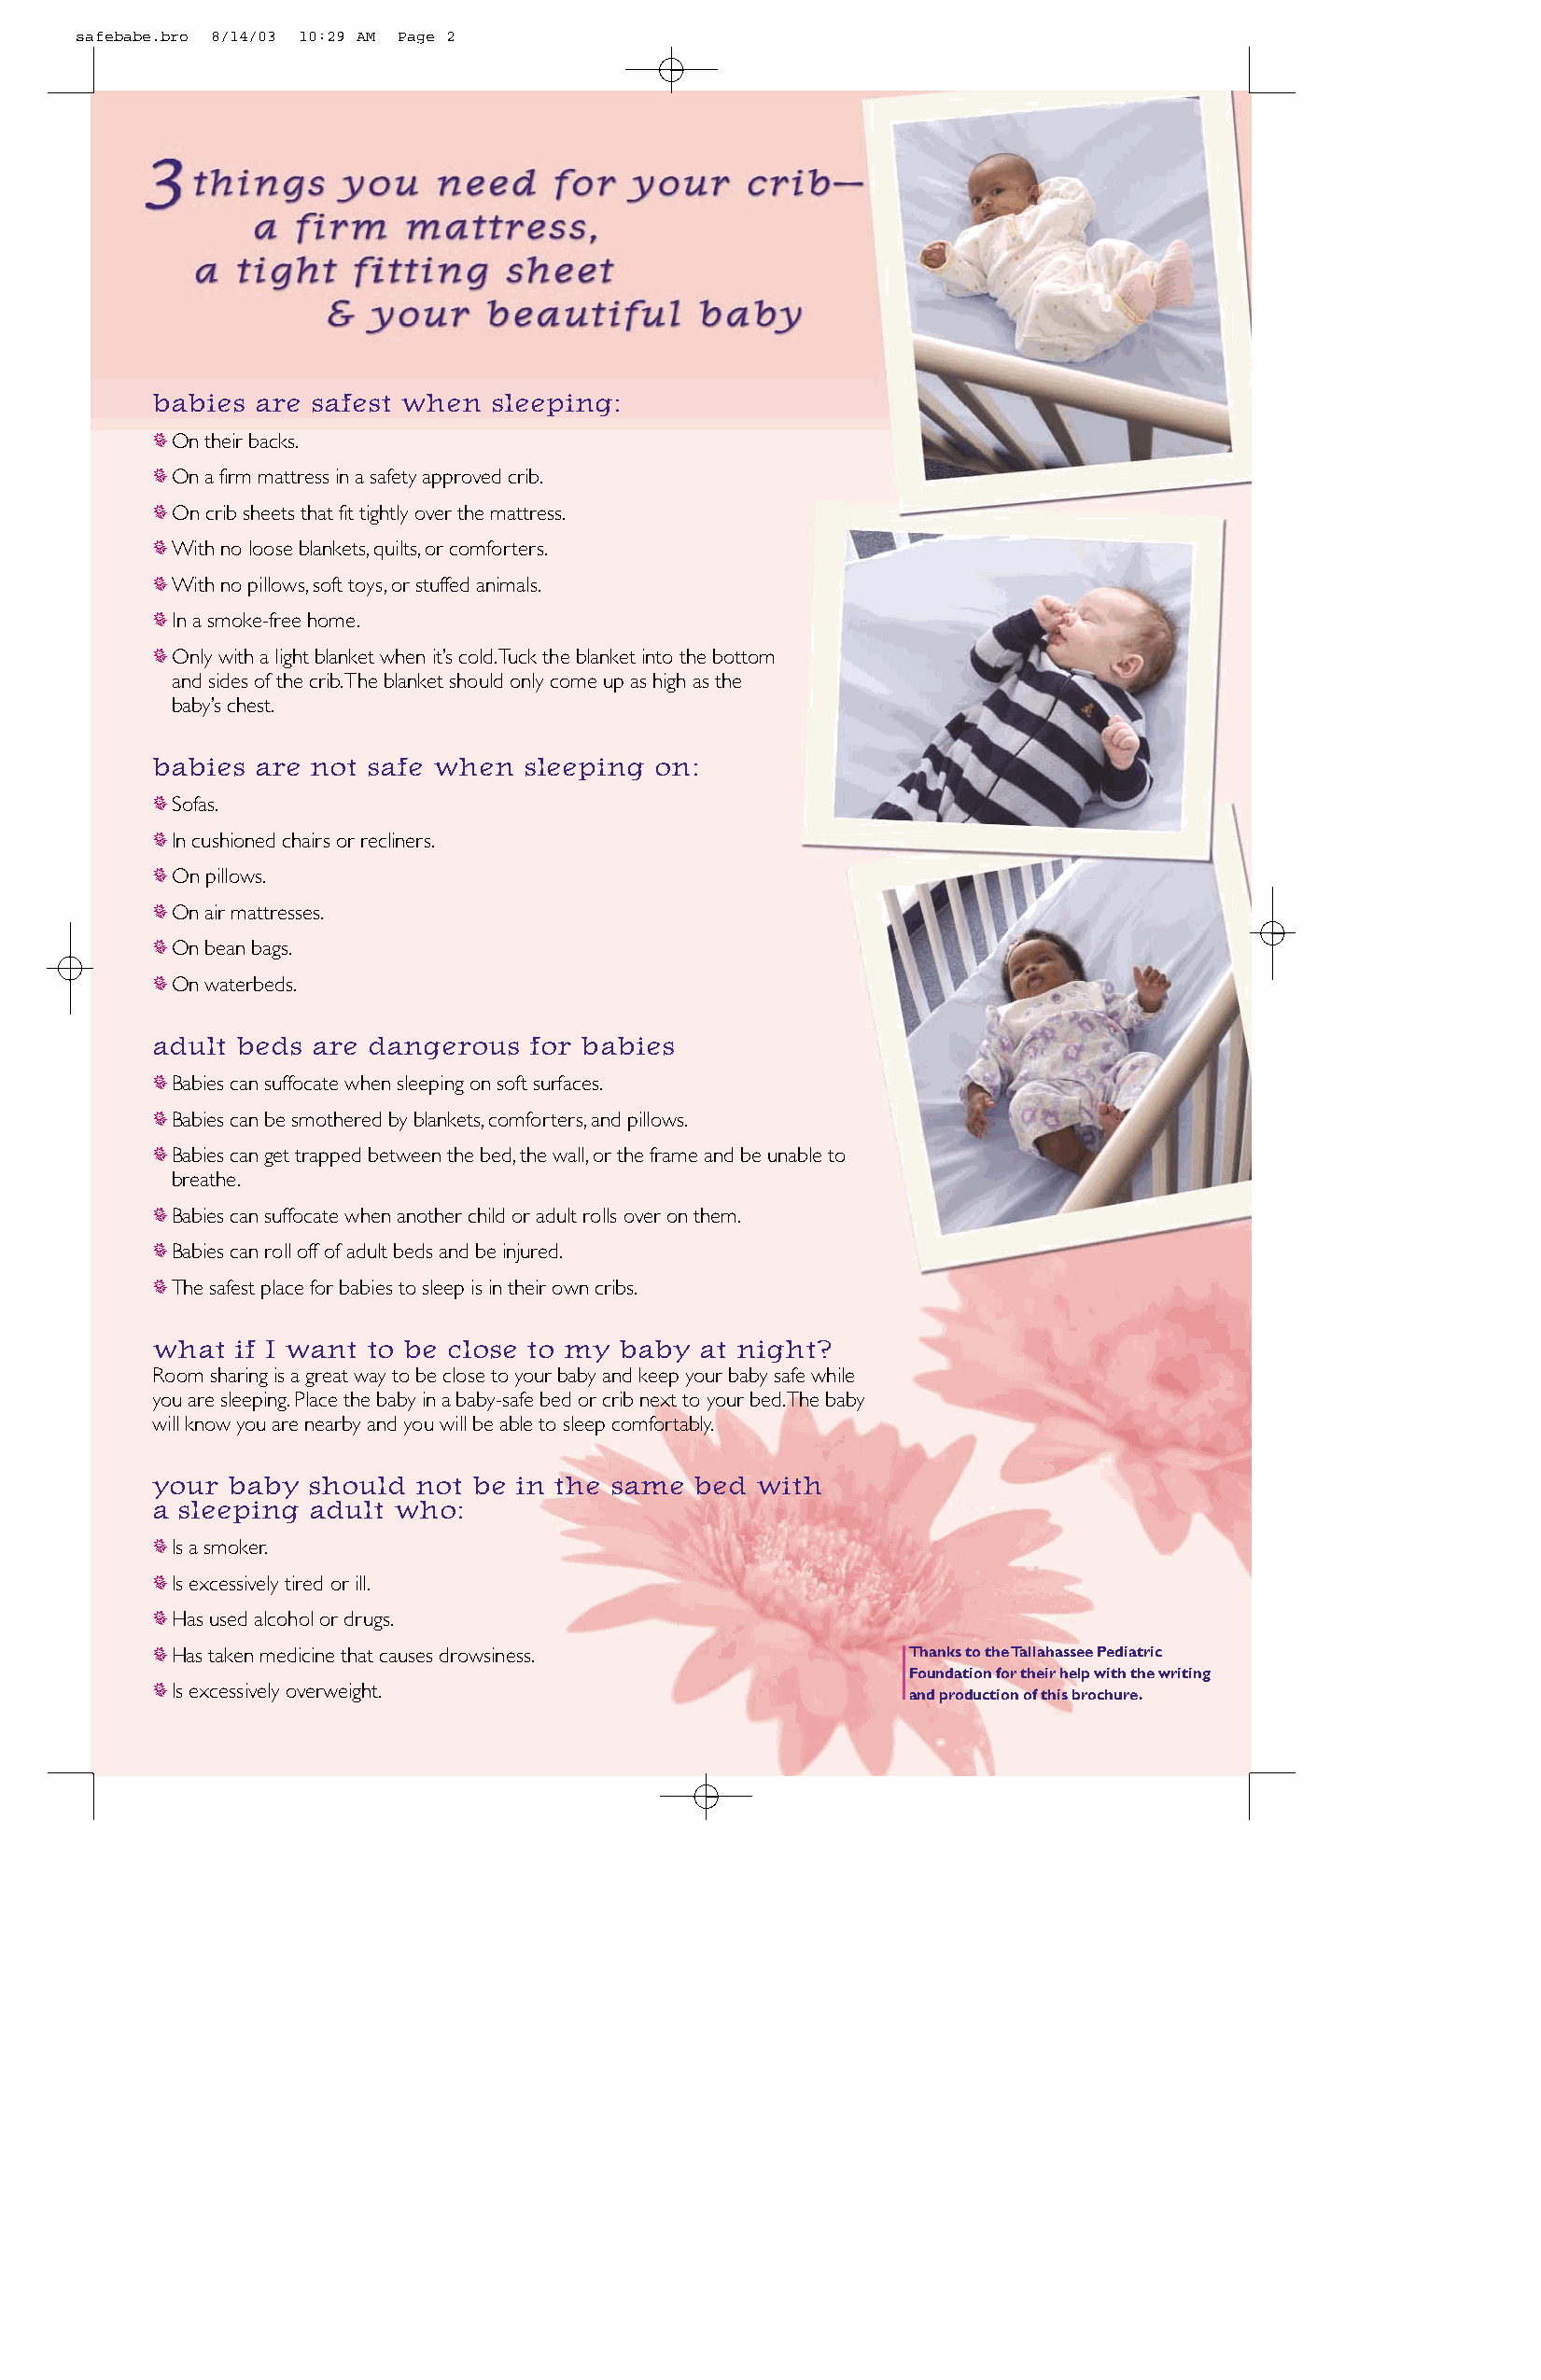
safebabe.bro 8/14/03 10:29 AM Page 2
 babies are safest when  sleeping:
 qOn their backs.
 qOn a firm mattress in a safety approved crib.
 qOn crib sheets that fit tightly over the mattress.
 qWith no loose blankets,quilts,or comforters.
 qWith no pillows,soft toys,or stuffed animals.
 qIn a smoke-free home.
 qOnly with a light blanket when it’s cold.Tuck the blanket into the bottom
 and sides of the crib.The blanket should only come up as high as the
 baby’s chest.
 babies are not safe when  sleeping on:
 qSofas.
 qIn cushioned chairs or recliners.
 qOn pillows.
 qOn air mattresses.
 qOn bean bags.
 qOn waterbeds.
 adult beds are dangerous   for babies
 qBabies can suffocate when sleeping on soft surfaces.
 qBabies can be smothered by blankets,comforters,and pillows.
 qBabies can get trapped between the bed,the wall,or the frame and be unable to
 breathe.
 qBabies can suffocate when another child or adult rolls over on them.
 qBabies can roll off of adult beds and be injured.
 qThe safest place for babies to sleep is in their own cribs.
 what  if I want to be close to my baby at night?
 Room sharing is a great way to be close to your baby and keep your baby safe while
 you are sleeping.Place the baby in a baby-safe bed or crib next to your bed.The baby
 will know you are nearby and you will be able to sleep comfortably.
 your baby  should not  be in the same bed  with
 a sleeping adult who:
 qIs a smoker.
 qIs excessively tired or ill.
 qHas used alcohol or drugs.
 qHas taken medicine that causes drowsiness.          Thanks to the Tallahassee Pediatric
 Foundation for their help with the writing
 qIs excessively overweight.
 and production of this brochure.